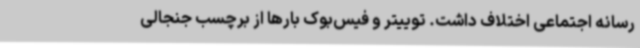
رسانه‌ اجتماعی اختلاف داشت. توییتر و فیس‌بوک بارها از برچسب جنجالی